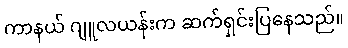
ကာနယ် ဂျူလယန်းက ဆက်ရှင်းပြနေသည်။